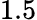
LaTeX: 1.5